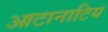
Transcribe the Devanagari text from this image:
आटानाटिय